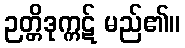
ဉတ္တိဒုက္ကဋ် မည်၏။